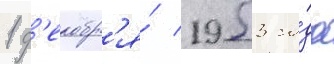
1 д'екабр'я́ 1953 го́да